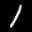
Label: 1